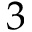
3